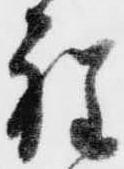
程